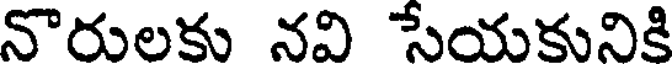
నొరులకు నవి సేయకునికి